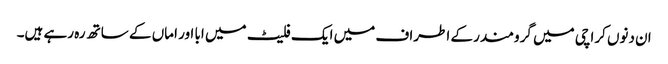
ان دنوں کراچی میں گرومندر کے اطراف میں ایک فلیٹ میں ابا اور اماں کے ساتھ رہ رہے ہیں۔